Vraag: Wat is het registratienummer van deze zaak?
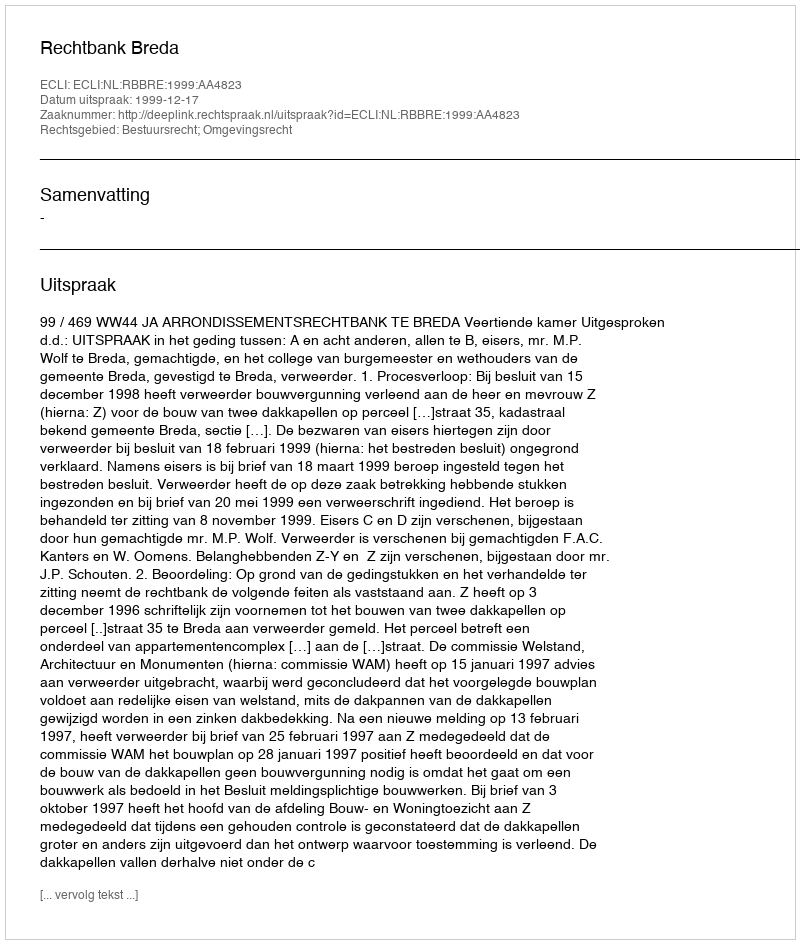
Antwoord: http://deeplink.rechtspraak.nl/uitspraak?id=ECLI:NL:RBBRE:1999:AA4823